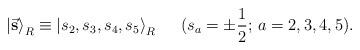
LaTeX: \begin{align*} {\vert \vec{\bf s} \rangle}_{R} \equiv {\vert s_{2}, s_{3}, s_{4},s_{5} \rangle}_{R} \,\,\,\,\,\,\,\,\, (s_{a}=\pm\frac{1}{2}; \, a= 2,3, 4, 5).\end{align*}